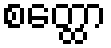
စတ္ထော